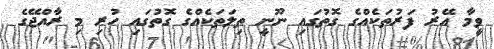
ވީމާ އޭރު ފަރުތަކެއްގެ ގޮތުގައި ނޫނީ ތިލަތަކެއްގެ ގޮތުގައި ހުރި މި ރާއްޖޭގެ